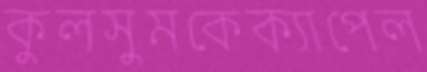
কুলসুমকেক্যাপেল